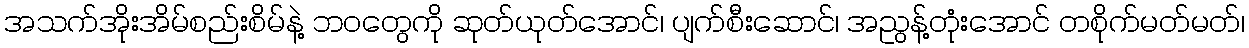
အသက်အိုးအိမ်စည်းစိမ်နဲ့ ဘဝတွေကို ဆုတ်ယုတ်အောင်၊ ပျက်စီးဆောင်၊ အညွန့်တုံးအောင် တစိုက်မတ်မတ်၊